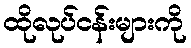
ထိုလုပ်ငန်းများကို